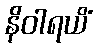
နိဝါရယိံ